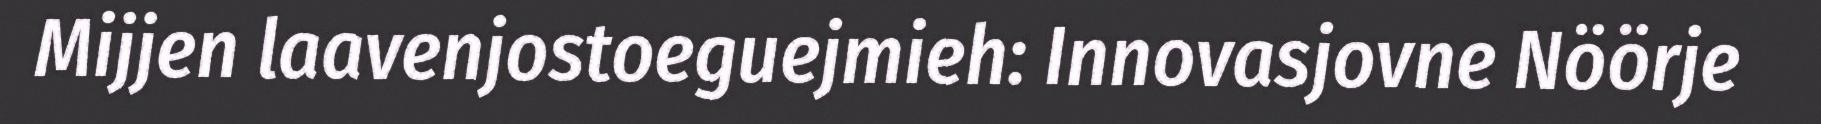
Mijjen laavenjostoeguejmieh: Innovasjovne Nöörje